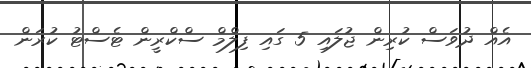
އެއް ދުވަސް ކުރިން ޖުލައި 5 ގައި ފިލްމް ސްކްރީން ޓެސްޓު ކުރަން